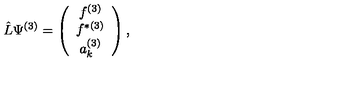
\hat { L } \Psi ^ { ( 3 ) } = \left( \begin{array} { c } { f ^ { ( 3 ) } } \\ { f ^ { \ast ( 3 ) } } \\ { a _ { k } ^ { ( 3 ) } } \\ \end{array} \right) ,